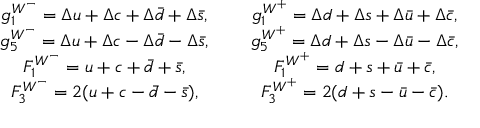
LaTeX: \begin{array} { c c c } { { g _ { 1 } ^ { W ^ { - } } = \Delta u + \Delta c + \Delta \bar { d } + \Delta \bar { s } , } } & { { \mathrm { ~ } } } & { { g _ { 1 } ^ { W ^ { + } } = \Delta d + \Delta s + \Delta \bar { u } + \Delta \bar { c } , } } \\ { { g _ { 5 } ^ { W ^ { - } } = \Delta u + \Delta c - \Delta \bar { d } - \Delta \bar { s } , } } & { { \mathrm { ~ } } } & { { g _ { 5 } ^ { W ^ { + } } = \Delta d + \Delta s - \Delta \bar { u } - \Delta \bar { c } , } } \\ { { F _ { 1 } ^ { W ^ { - } } = u + c + \bar { d } + \bar { s } , } } & { { \mathrm { ~ } } } & { { F _ { 1 } ^ { W ^ { + } } = d + s + \bar { u } + \bar { c } , } } \\ { { F _ { 3 } ^ { W ^ { - } } = 2 ( u + c - \bar { d } - \bar { s } ) , } } & { { \mathrm { ~ } } } & { { F _ { 3 } ^ { W ^ { + } } = 2 ( d + s - \bar { u } - \bar { c } ) . } } \end{array}